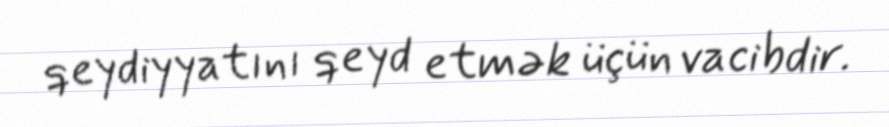
qeydiyyatını qeyd etmək üçün vacibdir.